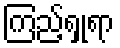
ကြည့်ရှုရာ